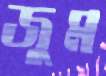
জুম